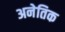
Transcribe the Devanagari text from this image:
अनेतिक